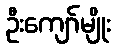
ဦးကျော်မျိုး